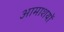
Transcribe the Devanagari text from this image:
आमाशयों